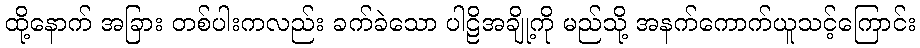
ထို့နောက် အခြား တစ်ပါးကလည်း ခက်ခဲသော ပါဠိအချို့ကို မည်သို့ အနက်ကောက်ယူသင့်ကြောင်း